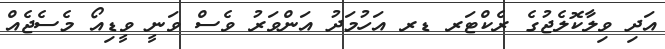
އަދި ވިލާކޮލެޖުގެ ރެކްޓަރ ޑރ އަހުމަދު އަންވަރު ވެސް ވަނީ ވީޑިއޯ މެސެޖެއް